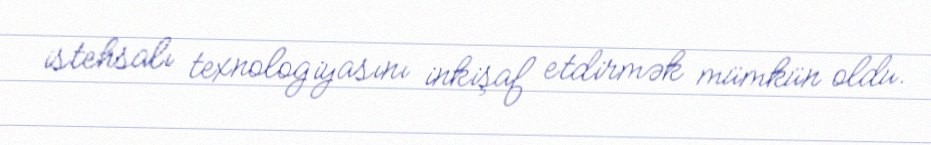
istehsalı texnologiyasını inkişaf etdirmək mümkün oldu.